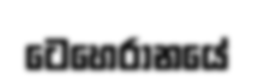
ටෙහෙරානයේ